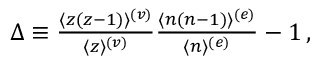
\begin{array} { r } { \Delta \equiv { \frac { \langle z ( z - 1 ) \rangle ^ { ( v ) } } { \langle z \rangle ^ { ( v ) } } } { \frac { \langle n ( n - 1 ) \rangle ^ { ( e ) } } { \langle n \rangle ^ { ( e ) } } } - 1 \, , } \end{array}